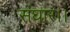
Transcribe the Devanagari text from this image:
संघार।।